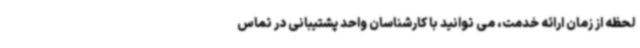
لحظه از زمان ارائه خدمت، می توانید با کارشناسان واحد پشتیبانی در تماس